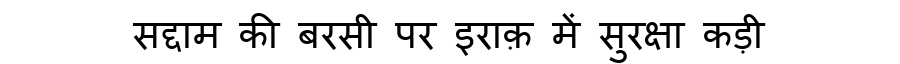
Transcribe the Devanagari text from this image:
सद्दाम की बरसी पर इराक़ में सुरक्षा कड़ी